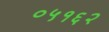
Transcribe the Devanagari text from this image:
०५१६२